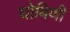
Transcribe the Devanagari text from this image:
घोबिणी